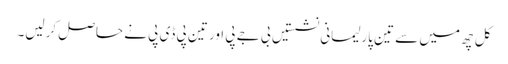
کل چھ میں سے تین پارلیمانی نشستیں بی جے پی اور تین پی ڈی پی نے حاصل کرلیں۔